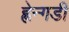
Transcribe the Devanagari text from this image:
ह्वेन्गडी